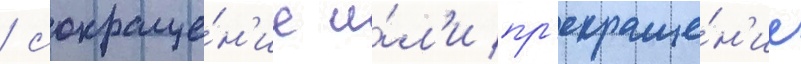
/ сокраще́н'ие и́л'и пр'екраще́н'ие